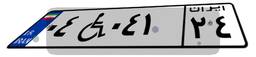
۰۴W۰۴۱۲۴